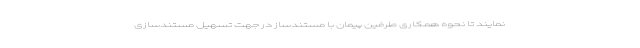
نمایند تا نحوه همکاری طرفین پیمان با مستندساز در جهت تسهیل مستندسازی